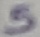
Text: 5